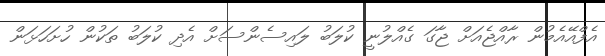
އެފްއޭއެމުން ރާއްޖެއަށް ޖާގަ ގެއްލުނީ ކުލަބު ލައިސެންސަށް އެދި ކުލަބު ތަކުން ހުށަހަޅަން